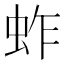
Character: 蚱